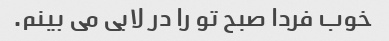
خوب فردا صبح تو را در لابی می بینم.